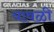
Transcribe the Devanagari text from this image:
यावळी